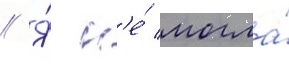
// Я́ н'е́ могла́